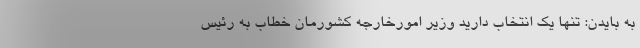
به بایدن: تنها یک انتخاب دارید وزیر امورخارجه کشورمان خطاب به رئیس